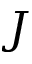
J